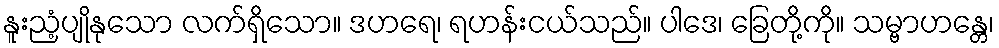
နူးညံ့ပျိုနုသော လက်ရှိသော။ ဒဟရေ၊ ရဟန်းငယ်သည်။ ပါဒေ၊ ခြေတို့ကို။ သမ္ဗာဟန္တေ၊